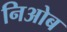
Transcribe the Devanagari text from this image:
निओब